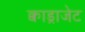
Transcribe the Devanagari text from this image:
क्वाड्राजेट